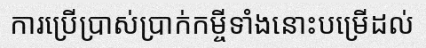
ការប្រើប្រាស់ប្រាក់កម្ចីទាំងនោះបម្រើដល់